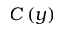
C \left( y \right)